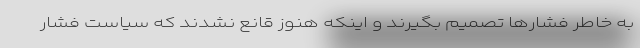
به خاطر فشارها تصمیم بگیرند و اینکه هنوز قانع نشدند که سیاست فشار